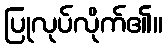
ပြုလုပ်လိုက်၏။